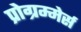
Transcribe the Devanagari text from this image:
प्रोग्रम्मेर्स